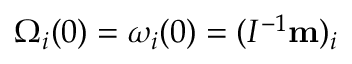
\Omega _ { i } ( 0 ) = \omega _ { i } ( 0 ) = ( I ^ { - 1 } { \bf m } ) _ { i }